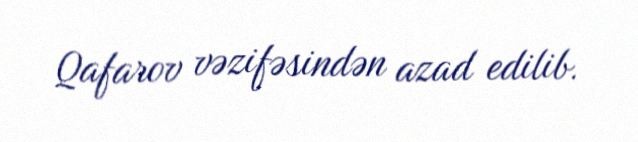
Qafarov vəzifəsindən azad edilib.